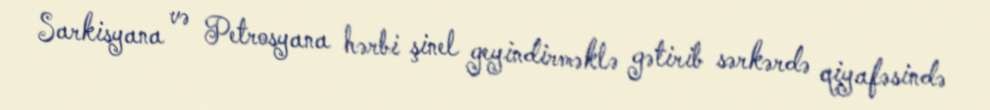
Sarkisyana və Petrosyana hərbi şinel geyindirməklə gətirib sərkərdə qiyafəsində